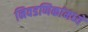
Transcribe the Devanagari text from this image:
निवडणिकांमध्ये